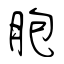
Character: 胞